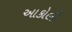
આકોલી